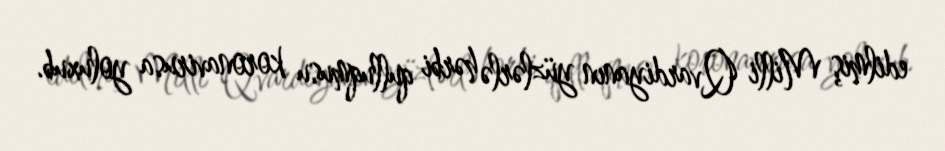
edilmiş Milli Qvardiyanın yüzlərlə hərbi qulluqmusu koronavirusa yoluxub.